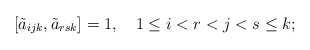
\begin{align*}[\tilde{a}_{ijk},\tilde{a}_{rsk}] = 1, \quad 1 \le i<r<j<s \le k;\end{align*}